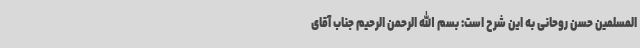
المسلمین حسن روحانی به این شرح است: بسم الله الرحمن الرحیم جناب آقای